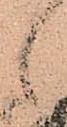
々